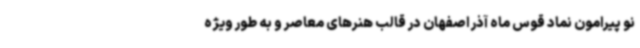
نو پیرامون نماد قوس ماه آذر اصفهان در قالب هنرهای معاصر و به طور ویژه